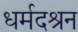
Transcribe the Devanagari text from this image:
धर्मदश्रन